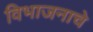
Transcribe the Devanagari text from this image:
विभाजनाचे